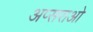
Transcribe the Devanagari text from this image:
अप्सराओ